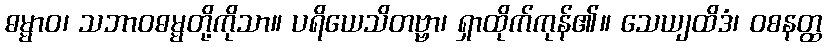
ဓမ္မာဝ၊ သဘာဝဓမ္မတို့ကိုသာ။ ပရိယေသိတဗ္ဗာ၊ ရှာထိုက်ကုန်၏။ သေယျထိဒံ၊ ဝစနတ္ထ